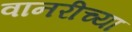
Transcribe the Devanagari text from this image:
वानरीच्या